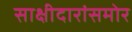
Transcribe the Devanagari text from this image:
साक्षीदारांसमोर